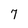
Character: 7